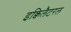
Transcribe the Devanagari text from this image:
इक्विलैटरल